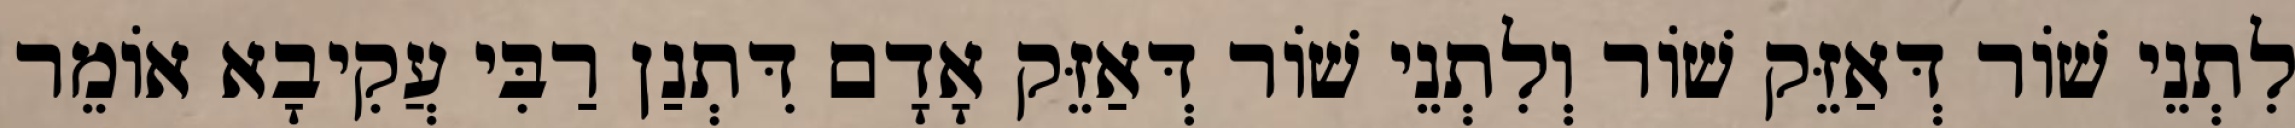
לִתְנֵי שׁוֹר דְּאַזֵּק שׁוֹר וְלִתְנֵי שׁוֹר דְּאַזֵּק אָדָם דִּתְנַן רַבִּי עֲקִיבָא אוֹמֵר